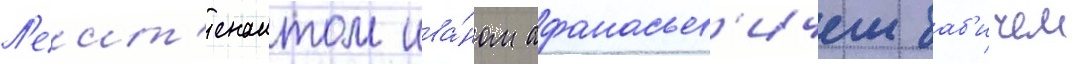
Л'еит'енантом ива́ном афанасьев'ичем баб'ичем